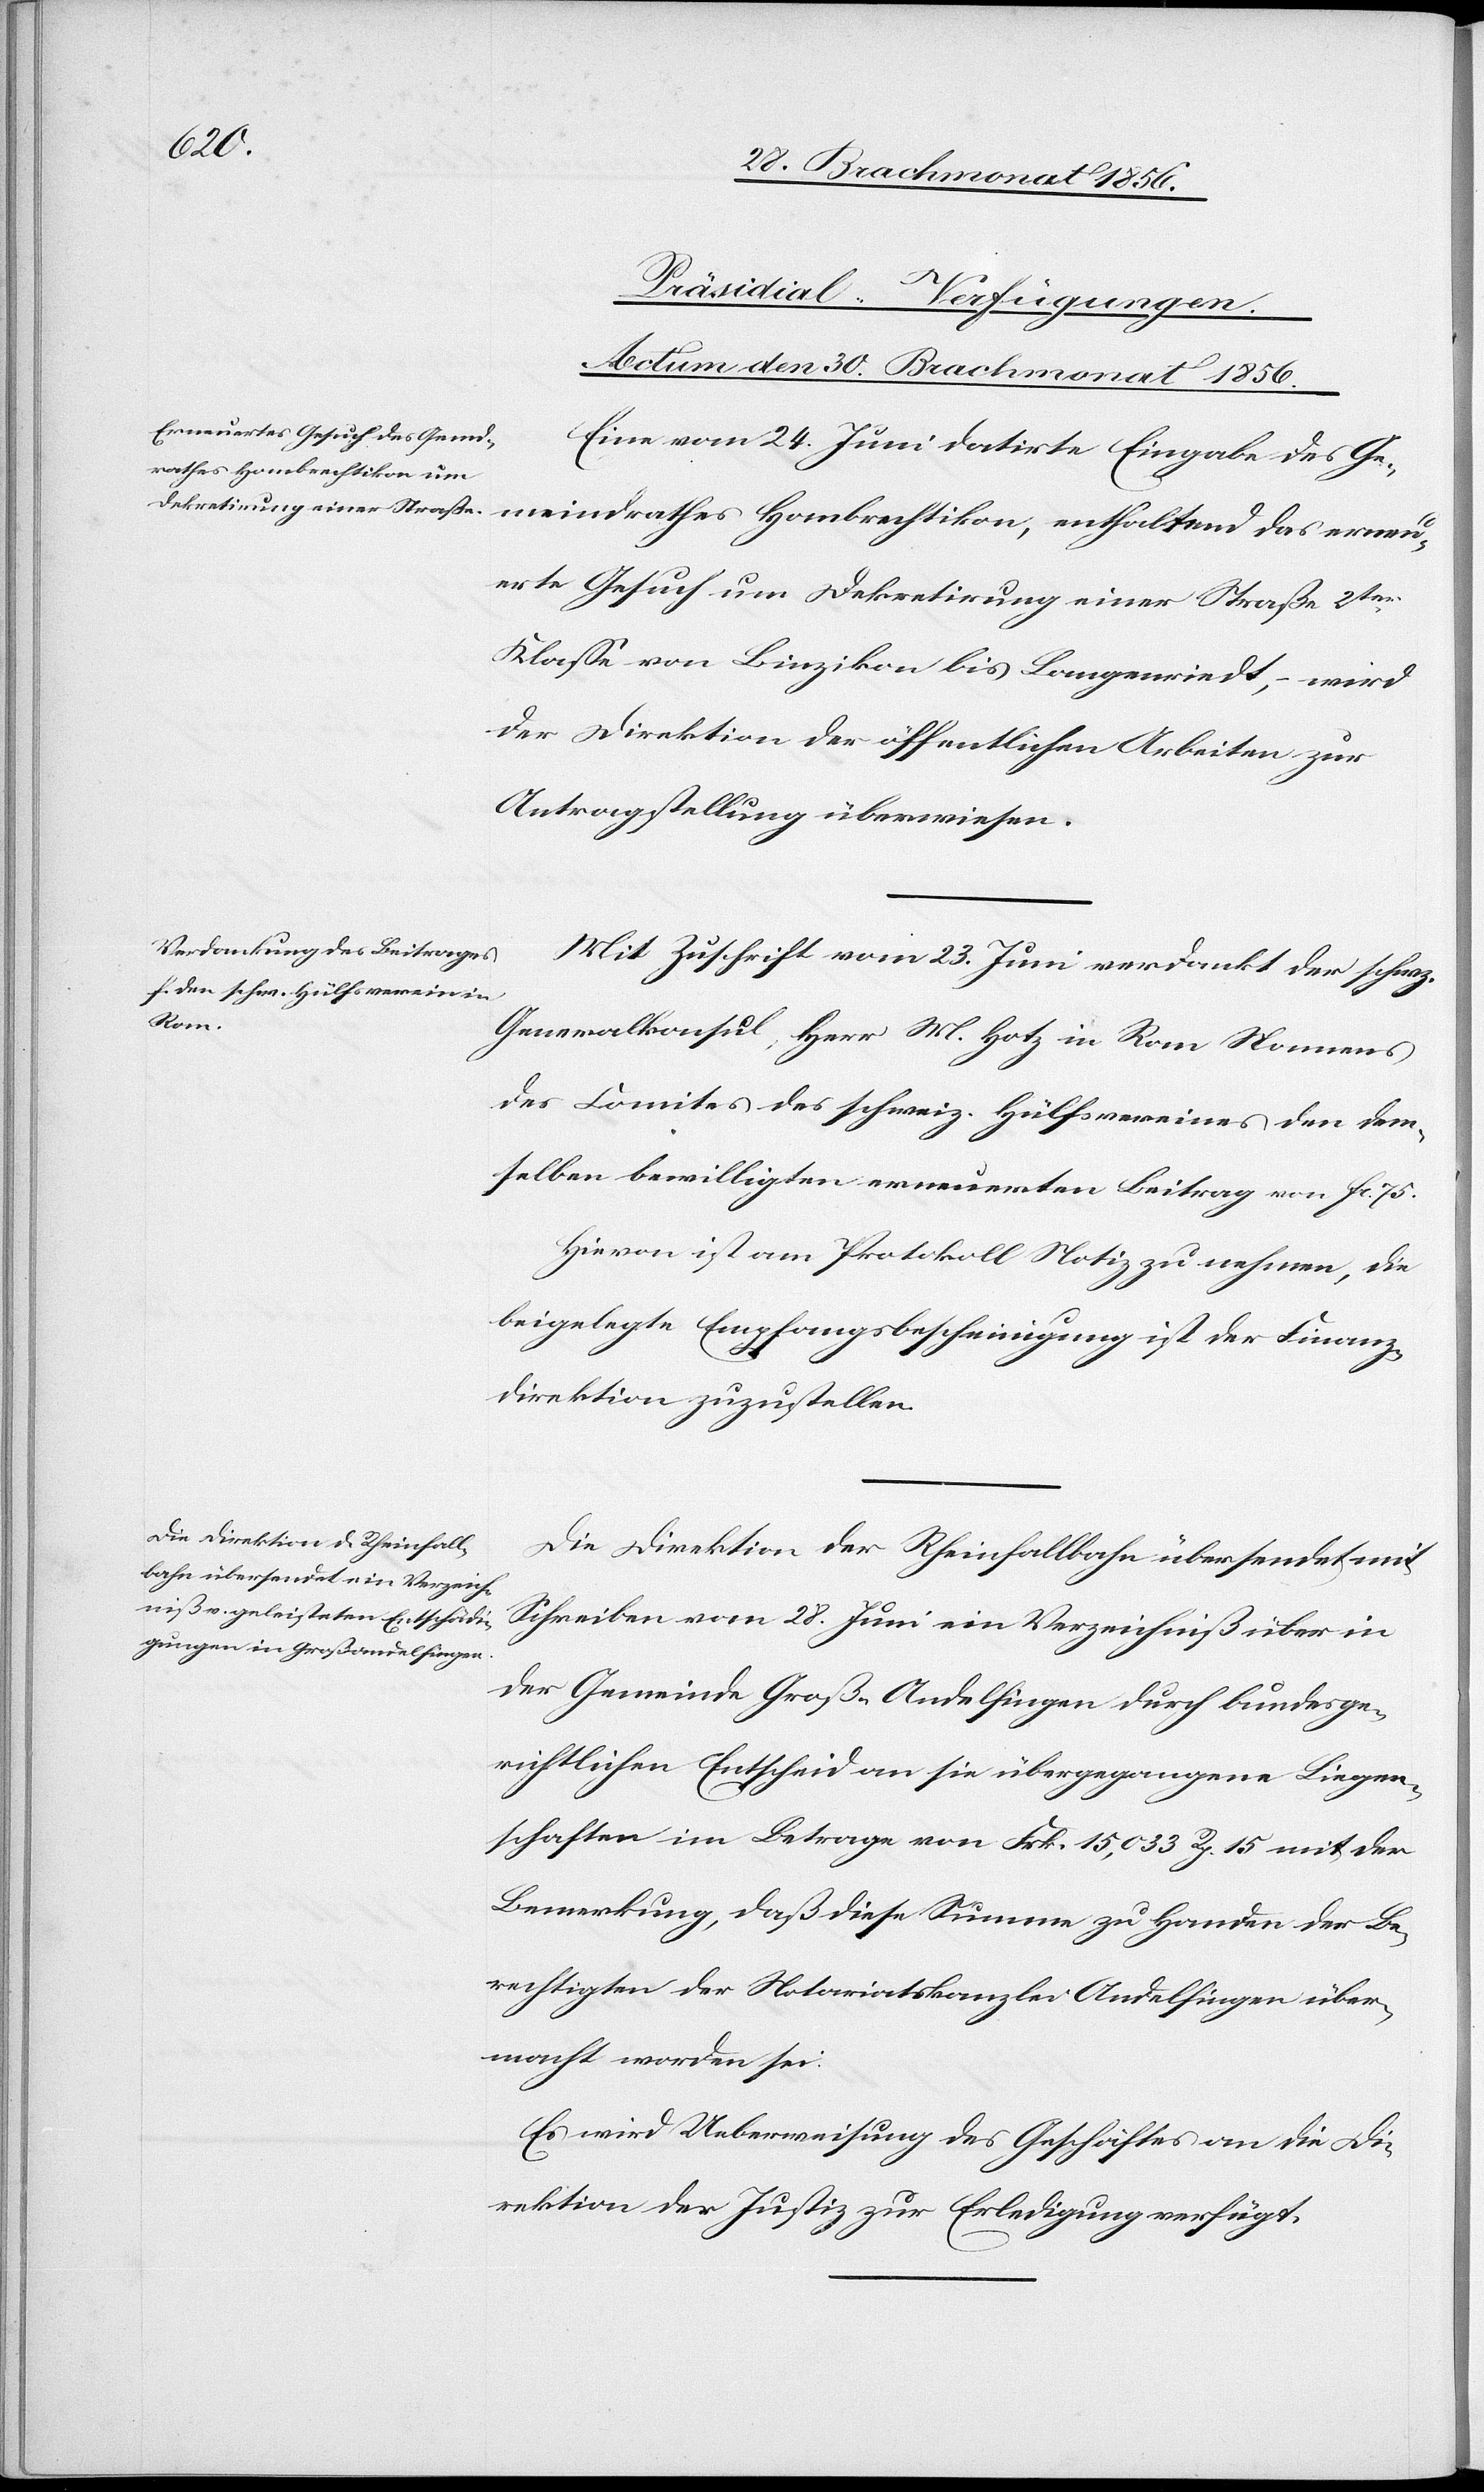
[Präsidial-Verfügungen.
Actum den 30. Brachmonat 1856.]
Eine vom 24. Juni datirte Eingabe des Ge¬
meindrathes Hombrechtikon, enthaltend das erneu¬
erte Gesuch um Dekretirung einer Straße 2ter
Klasse von Binzikon bis Langenriedt, – wird
der Direktion der öffentlichen Arbeiten zur
Antragstellung überwiesen.
Mit Zuschrift vom 23. Juni verdankt der schwz.
Generalkonsul, Herr M. Hotz in Rom Namens
des Comites des schweiz. Hülfsvereines den dem¬
selben bewilligten erneuerten Beitrag von fc. 75.
Hievon ist am Protokoll Notiz zu nehmen, die
beigelegte Empfangsbescheinigung ist der Finanz¬
direktion zuzustellen.
Die Direktion der Rheinfallbahn übersendet mit
Schreiben vom 28. Juni ein Verzeichniß über in
der Gemeinde Groß-Andelfingen durch bundesge¬
richtlichen Entscheid an sie übergegangene Liegen¬
schaften im Betrage von Frk. 15,033 Rp. 15 mit der
Bemerkung, daß diese Summe zu Handen der Be¬
rechtigten der Notariatskanzlei Andelfingen über¬
macht worden sei.
Es wird Ueberweisung des Geschäftes an die Di¬
rektion der Justiz zur Erledigung verfügt.